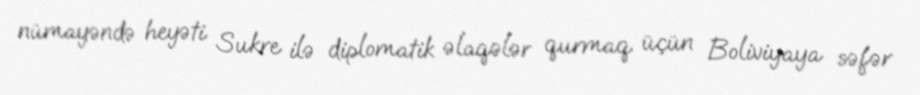
nümayəndə heyəti Sukre ilə diplomatik əlaqələr qurmaq üçün Boliviyaya səfər